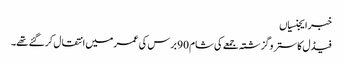
خبر ایجنسیاں
فیڈل کاسترو گزشتہ جمعے کی شام 90 برس کی عمر میں انتقال کر گئے تھے۔